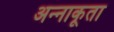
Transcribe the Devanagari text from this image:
अन्‍नाकूता